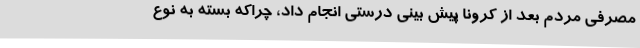
مصرفی مردم بعد از کرونا پیش بینی درستی انجام داد، چراکه بسته به نوع